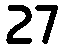
27